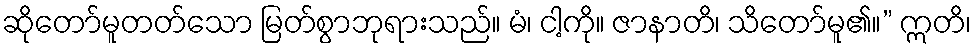
ဆိုတော်မူတတ်သော မြတ်စွာဘုရားသည်။ မံ၊ ငါ့ကို။ ဇာနာတိ၊ သိတော်မူ၏။” ဣတိ၊